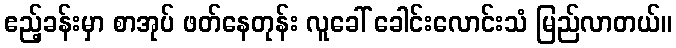
ဧည့်ခန်းမှာ စာအုပ် ဖတ်နေတုန်း လူခေါ် ခေါင်းလောင်းသံ မြည်လာတယ်။